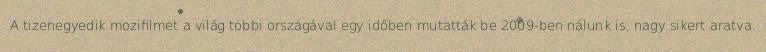
A tizenegyedik mozifilmet a világ többi országával egy időben mutatták be 2009-ben nálunk is, nagy sikert aratva.